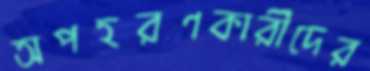
অপহরণকারীদের